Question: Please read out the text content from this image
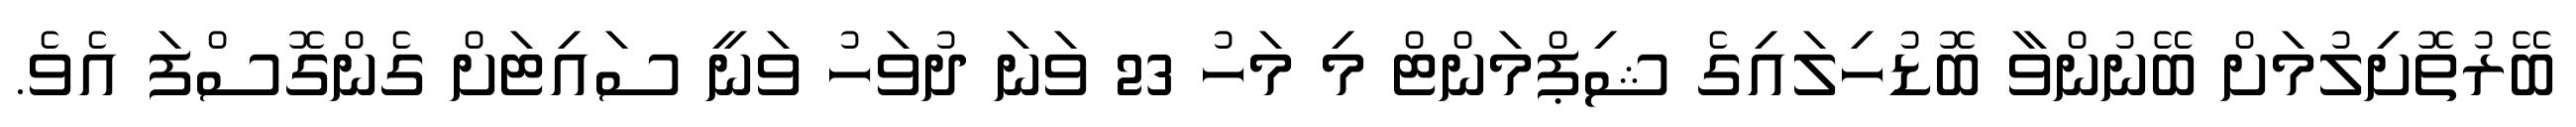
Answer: ބޭރުތޮށިލުމަށް ބޭނުންވާ ބޮޑުހިލައިގެ ޝިޕްމަންޓް މި މަހު 23 ވަނަ ދުވަހު ވަނީ ސައިޓަށް ގެންގޮސްފަ އެވެ.